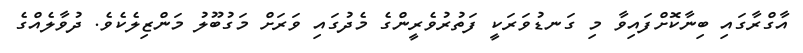
އާގްރާގައި ބިނާކޮށްފައިވާ މި ގަނޑުވަރަކީ ފަތުރުވެރީންގެ މެދުގައި ވަރަށް މަގުބޫލު މަންޒިލެކެވެ. ދުވާލެއްގެ